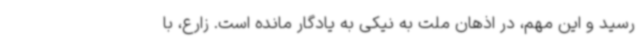
رسید و این مهم، در اذهان ملت به نیکی به یادگار مانده است. زارع، با